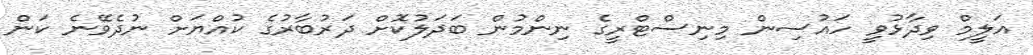
އަލީމް ވިދާޅުވީ ހައުސިން މިނިސްޓްރީގެ ނިންމުން ބަދަލުކޮށް ދަރުބާރުގެ ކުއްޔަށް ނުދެވޭނެ ކަން